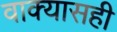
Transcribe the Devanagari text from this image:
वाक्यासही